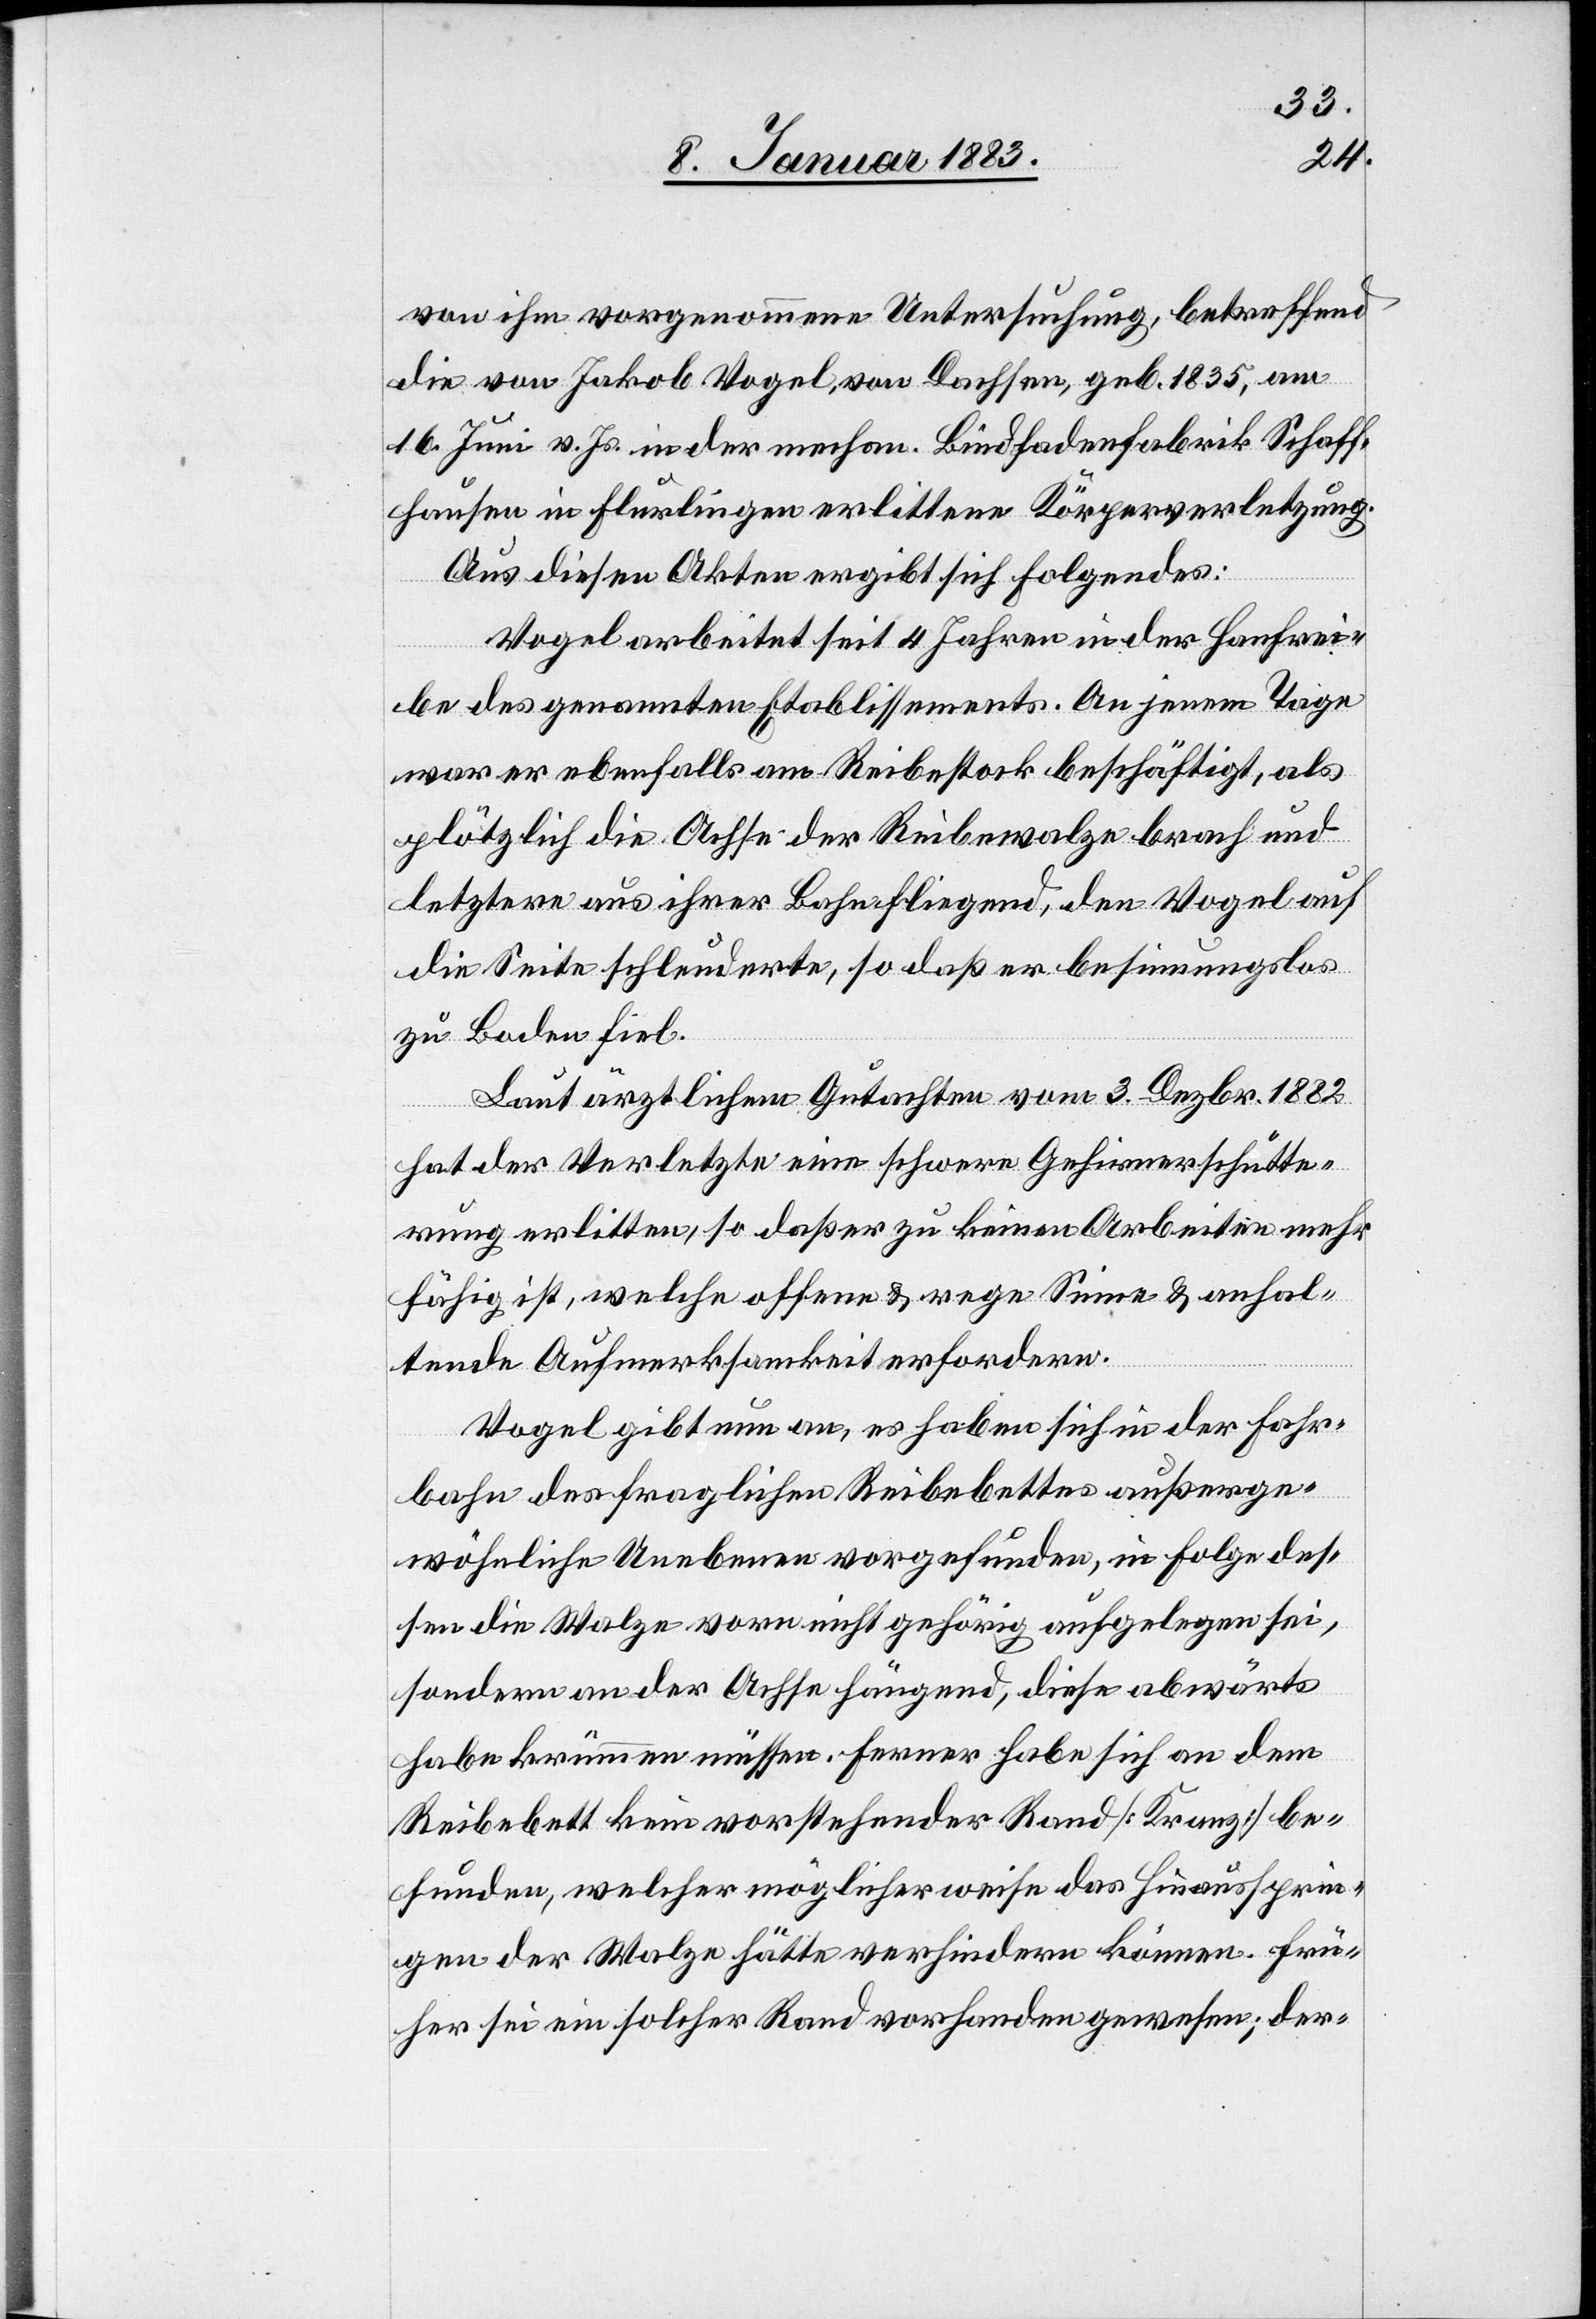
von ihm vorgenommene Untersuchung, betreffend
die von Jakob Vogel, von Dachsen, geb. 1835, am
16. Juni v. Js. in der mechan. Bindfadenfabrik Schaff¬
hausen in Flurlingen erlittene Körperverletzung.
Aus diesen Akten ergibt sich Folgendes:
Vogel arbeitet seit 4 Jahren in der Hanfrei¬
be des genannten Etablissements. An jenem Tage
war er ebenfalls im Reibestock beschäftigt, als
plötzlich die Achse der Reibewalze brach und
letztere aus ihrer Bahn fliegend, den Vogel auf
die Seite schleuderte, so daß er besinnungslos
zu Boden fiel.
Laut ärztlichem Gutachten vom 3. Dezbr. 1882
hat der Verletzte eine schwere Gehirnerschütte¬
rung erlitten, so daß er zu keinen Arbeiten mehr
fähig ist, welche offene & rege Sinne & anhal¬
tende Aufmerksamkeit erfordern.
Vogel gibt nun an, es haben sich in der Fahr¬
bahn des fraglichen Reibebettes außerge¬
wöhnliche Unebenen vorgefunden, in Folge des¬
sen die Walze vorn nicht gehörig aufgelegen sei,
sondern an der Achse hängend, diese abwärts
habe krümmen müssen. Ferner habe sich an dem
Reibebett kein vorstehender Rand [Kranz] be¬
funden, welcher möglicherweise das Hinaussprin¬
gen der Walze hätte verhindern können. Frü¬
her sei ein solcher Rand vorhanden gewesen; der-